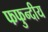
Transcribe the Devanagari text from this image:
फफुन्दीय